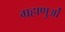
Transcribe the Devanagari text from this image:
ग्रहाणुओं